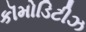
કૉમોડિટીઝ